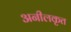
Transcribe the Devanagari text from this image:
अनीलकृत